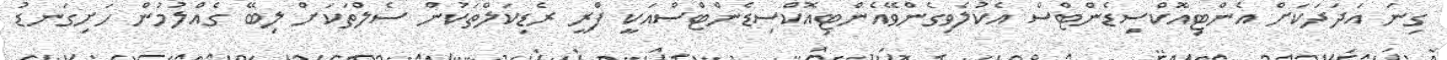
ގިނަ އަަދަދަކަށް އެންޓިއޮކްސިޑެންޓްސް އެކުލެވިގެންވޭއެންޓިއޮކްސިޑެންޓްސްއަކީ ފްރީ ރެޑިކަލްތަކުން ސެލްތަކަށް ލިބޭ ގެއްލުމުން ހަށިގަނޑު